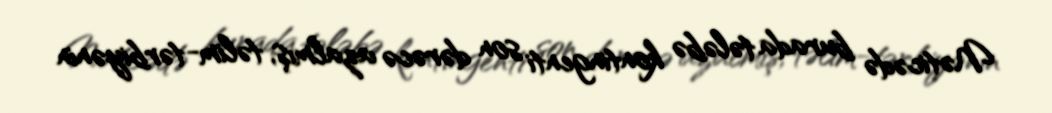
Nəticədə burada tələbə kontingenti son dərəcə azalmış, təlim-tərbiyənin